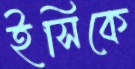
ইসিকে